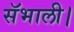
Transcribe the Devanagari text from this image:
सॅभाली।